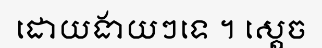
ដោយងាយៗទេ ។ ស្តេច